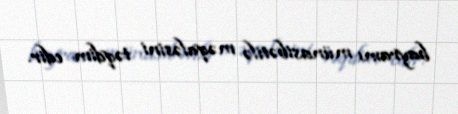
bayramı münasibətilə məqaləsini təqdim edir.